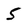
Character: 5